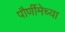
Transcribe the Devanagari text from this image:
पौर्णीमेच्या